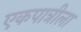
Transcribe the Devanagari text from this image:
एकपात्रीला